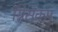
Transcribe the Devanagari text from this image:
ग्रिसकम